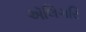
ઍલિગરિ